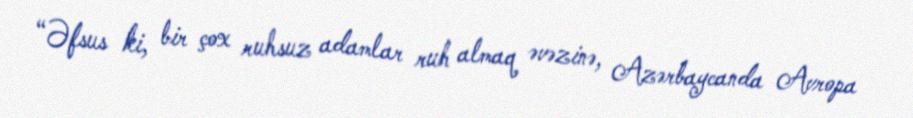
“Əfsus ki, bir çox ruhsuz adamlar ruh almaq əvəzinə, Azərbaycanda Avropa